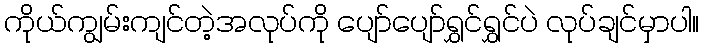
ကိုယ်ကျွမ်းကျင်တဲ့အလုပ်ကို ပျော်ပျော်ရွှင်ရွှင်ပဲ လုပ်ချင်မှာပါ။